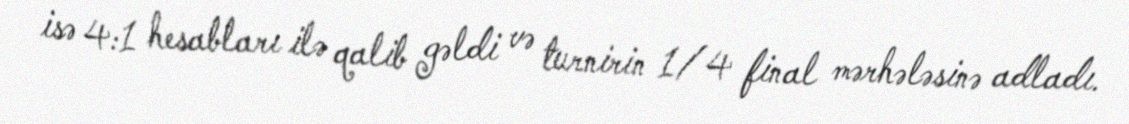
isə 4:1 hesabları ilə qalib gəldi və turnirin 1/4 final mərhələsinə adladı.